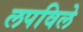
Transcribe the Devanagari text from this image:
लपविले